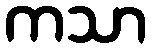
ကသာ